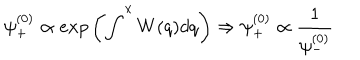
\psi _ { + } ^ { ( 0 ) } \propto e x p \left( \int ^ { x } W ( q ) d q \right) \Rightarrow \psi _ { + } ^ { ( 0 ) } \propto \frac { 1 } { \psi _ { - } ^ { ( 0 ) } }